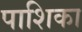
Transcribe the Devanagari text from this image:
पाशिका